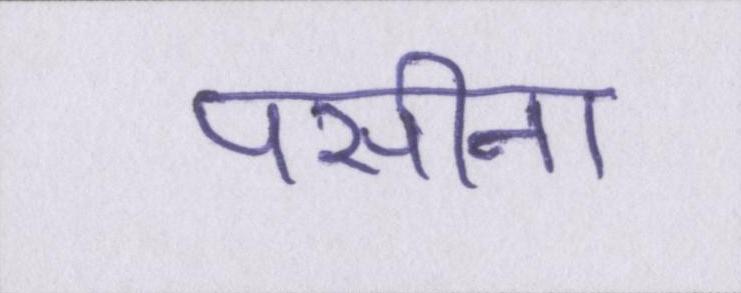
पसीना